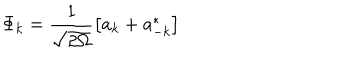
\Phi _ { k } = \frac 1 { \sqrt { 2 \Omega } } \left[ a _ { k } + a _ { - k } ^ { * } \right]